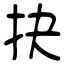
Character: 抉